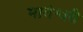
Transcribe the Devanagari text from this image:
माधेश्वरी